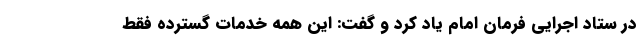
در ستاد اجرایی فرمان امام یاد کرد و گفت: این همه خدمات گسترده فقط